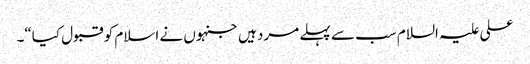
علی علیہ السلام سب سے پہلے مرد ہیں جنہوں نے اسلام کو قبول کیا“۔